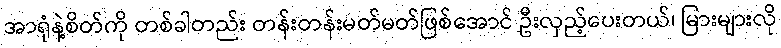
အာရုံနဲ့စိတ်ကို တစ်ခါတည်း တန်းတန်းမတ်မတ်ဖြစ်အောင် ဦးလှည့်ပေးတယ်၊ မြားများလို